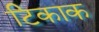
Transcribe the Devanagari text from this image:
टिकाक